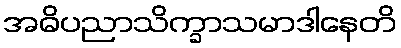
အဓိပညာသိက္ခာသမာဒါနေတိ